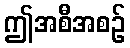
ဤအစီအစဉ်